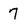
Character: 7